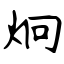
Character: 炯